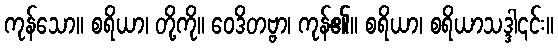
ကုန်သော။ စရိယာ၊ တို့ကို။ ဝေဒိတဗ္ဗာ၊ ကုန်၏။ စရိယာ၊ စရိယာသဒ္ဒါ၎င်း။